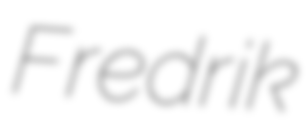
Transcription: Fredrik